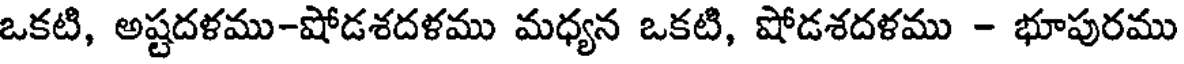
ఒకటి, అష్టదళము-షోడశదళము మధ్యన ఒకటి, షోడశదళము - భూపురము